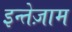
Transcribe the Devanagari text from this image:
इन्तेज़ाम